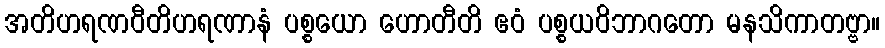
အတိဟရဏဝီတိဟရဏာနံ ပစ္စယော ဟောတီတိ ဧဝံ ပစ္စယဝိဘာဂတော မနသိကာတဗ္ဗာ။